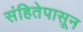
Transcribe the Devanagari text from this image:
संहितेपासून